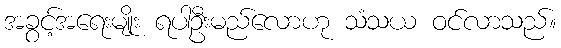
အခွင့်အရေးမျိုး ရပါဦးမည်လောဟု သံသယ ဝင်လာသည်။